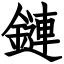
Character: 鏈